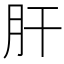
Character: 肝